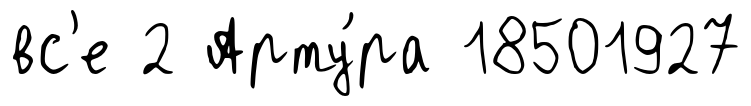
вс'е 2 Арту́ра 18501927